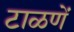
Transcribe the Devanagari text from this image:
टाळणें